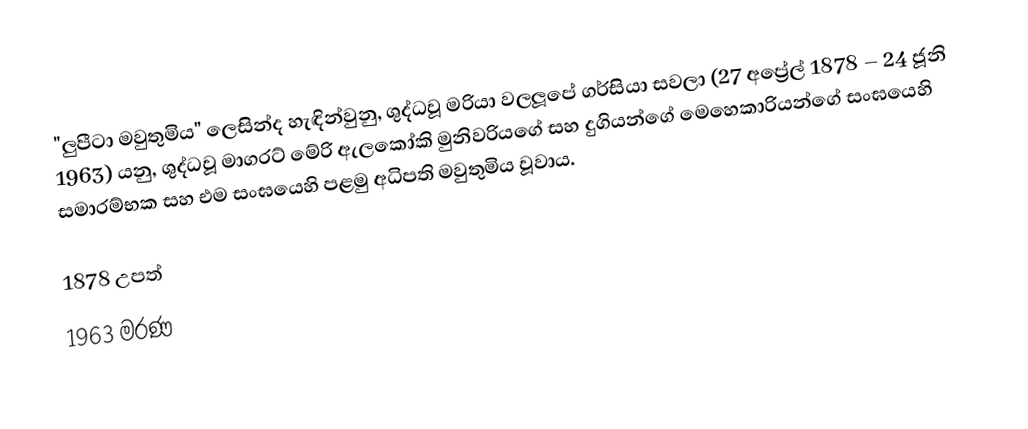
"ලුපීටා මවුතුමිය" ලෙසින්ද හැඳින්වුනු, ශුද්ධවූ මරියා වලලූපේ ගර්සියා සවලා (27 අප්‍රේල් 1878 – 24 ජූනි 1963) යනු, ශුද්ධවූ මාගරට් මේරි ඇලකෝකි මුනිවරියගේ සහ දුගියන්ගේ මෙහෙකාරියන්ගේ සංඝයෙහි සමාරම්භක සහ එම සංඝයෙහි පළමු අධිපති මවුතුමිය වූවාය.

1878 උපත්
1963 මරණ